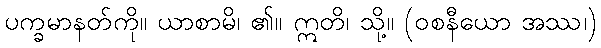
ပက္ခမာနတ်ကို။ ယာစာမိ၊ ၏။ ဣတိ၊ သို့။ (ဝစနီယော အဿ၊)